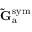
\mathbf { \tilde { G } } _ { \mathrm { a } } ^ { \mathrm { s y m } }